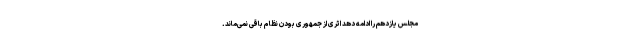
مجلس یازدهم را ادامه دهد اثری از جمهوری بودن نظام باقی نمی‌ماند.